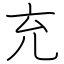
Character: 充